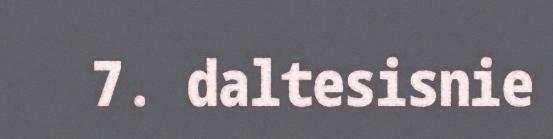
7. daltesisnie